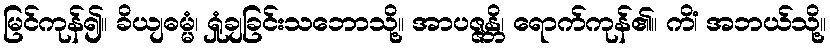
မြင်ကုန်၍။ ခိယျဓမ္မံ၊ ရှုံချခြင်းသဘောသို့။ အာပဇ္ဇန္တိ၊ ရောက်ကုန်၏။ ကိံ၊ အဘယ်သို့။